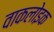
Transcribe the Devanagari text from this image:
वाकलोइक